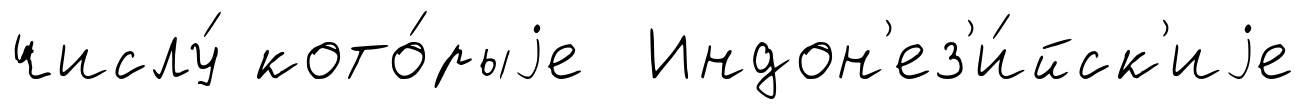
числу́ кото́рыjе Индон'ез'и́йск'иjе